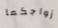
زواجكما